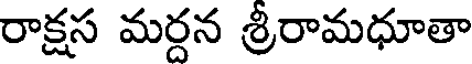
రాక్షస మర్దన శ్రీరామధూతా